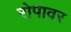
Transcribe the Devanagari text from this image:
रोपावर